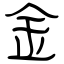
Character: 金